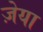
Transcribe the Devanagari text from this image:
ज़ेया